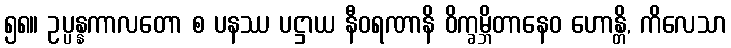
၅၈။ ဥပ္ပန္နကာလတော စ ပနဿ ပဋ္ဌာယ နီဝရဏာနိ ဝိက္ခမ္ဘိတာနေဝ ဟောန္တိ, ကိလေသာ